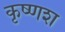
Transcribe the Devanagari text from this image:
कृष्णश